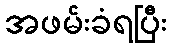
အဖမ်းခံရပြီး